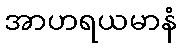
အာဟရယမာနံ